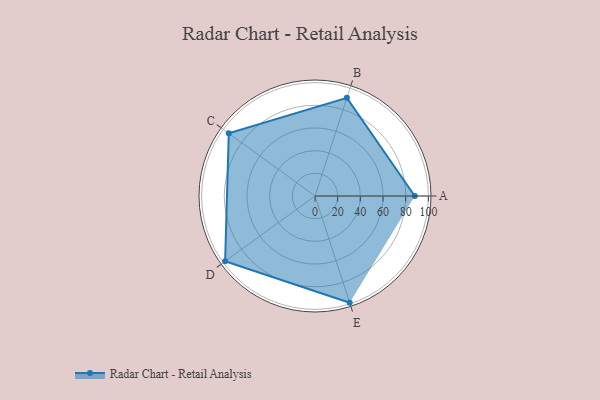
{"axis": {"x": "Skill", "y": "Score"}, "legend": ["Profile"], "data": [{"x": "A", "y": 88.0, "type": "Profile"}, {"x": "B", "y": 91.0, "type": "Profile"}, {"x": "C", "y": 94.0, "type": "Profile"}, {"x": "D", "y": 98.0, "type": "Profile"}, {"x": "E", "y": 99.0, "type": "Profile"}]}